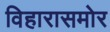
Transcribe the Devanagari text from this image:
विहारासमोर